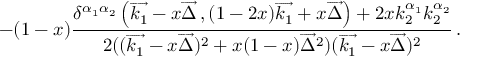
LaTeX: - ( 1 - x ) \frac { \delta ^ { \alpha _ { 1 } \alpha _ { 2 } } \left( \overrightarrow { k _ { 1 } } - x \overrightarrow { \Delta } \, , ( 1 - 2 x ) \overrightarrow { k _ { 1 } } + x \overrightarrow { \Delta } \right) + 2 x k _ { 2 } ^ { \alpha _ { 1 } } k _ { 2 } ^ { \alpha _ { 2 } } } { 2 ( ( \overrightarrow { k _ { 1 } } - x \overrightarrow { \Delta } ) ^ { 2 } + x ( 1 - x ) \overrightarrow { \Delta } ^ { 2 } ) ( \overrightarrow { k _ { 1 } } - x \overrightarrow { \Delta } ) ^ { 2 } } \, .